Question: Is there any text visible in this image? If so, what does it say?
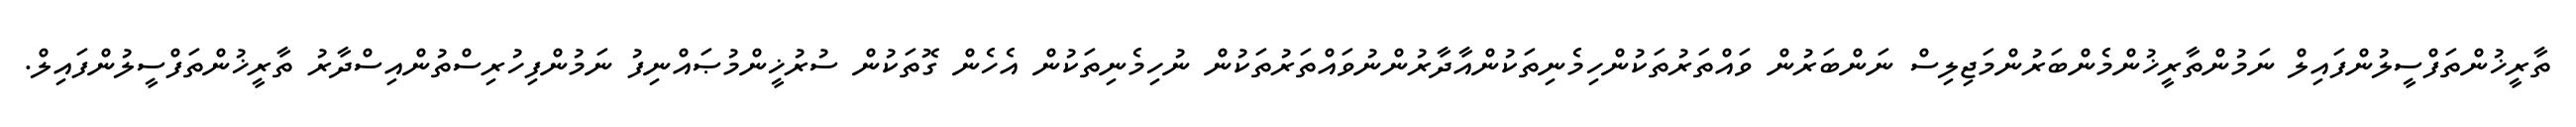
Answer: ތާރީޚުންތަފްސީލުންފައިލް ނަމުންތާރީޚުންމެންބަރުންމަޖިލިސް ނަންބަރުން ވައްތަރުތަކުންހިމެނިތަކުންއާދާރުންނުވައްތަރުތަކުން ނުހިމެނިތަކުން އެހެން ގޮތަކުން ސުރުޚީންމުޞައްނިފު ނަމުންފިހުރިސްތުންއިސްދާރު ތާރީޚުންތަފްސީލުންފައިލް.